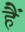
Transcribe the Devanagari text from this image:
हैें